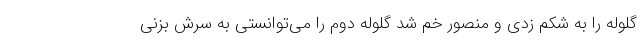
گلوله را به شکم زدی و منصور خم شد گلوله دوم را می‌توانستی به سرش بزنی